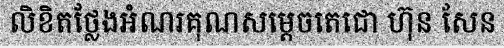
លិខិតថ្លែងអំណរគុណសម្តេចតេជោ ហ៊ុន សែន